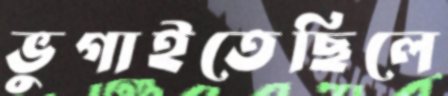
ভুগাইতেছিলে